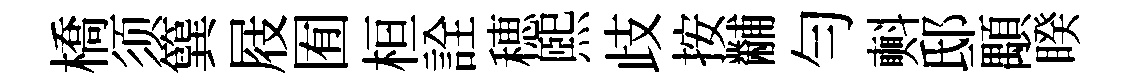
橋须簨屐囿桓詮穂煕歧按黼勻㪺邸顒睽